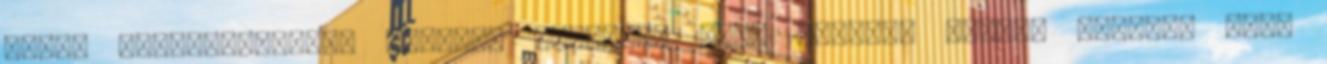
Bükki Karsztvízszint Észlelő Rendszer BKÉR közötti adatai alapján Bene